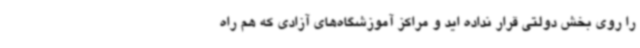
را روی بخش دولتی قرار نداده اید و مراکز آموزشگاه‌های آزادی که هم راه